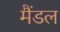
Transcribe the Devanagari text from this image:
मैंडल